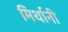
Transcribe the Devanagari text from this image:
मिर्थानी